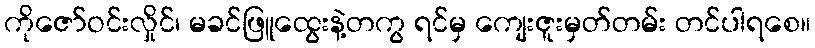
ကိုဇော်ဝင်းလှိုင်၊ မခင်ဖြူထွေးနဲ့တကွ ရင်မှ ကျေးဇူးမှတ်တမ်း တင်ပါရစေ။